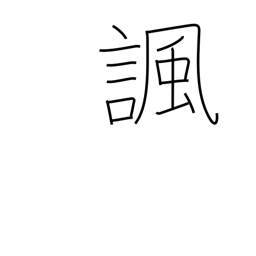
Meaning: satirize